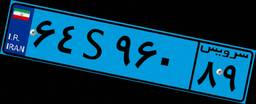
۶۴S۹۶۰۸۹